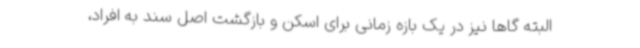
البته گاهاً نیز در یک بازه زمانی برای اسکن و بازگشت اصل سند به افراد،